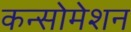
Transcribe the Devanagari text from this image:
कन्सोमेशन